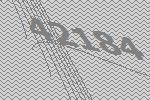
42184